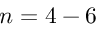
n = 4 - 6